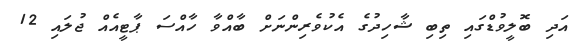
އަދި ބޮލީވުޑްގައި ތިބި ޝާހިދުގެ އެކުވެރިންނަށް ބާއްވާ ހާއްސަ ޕާޓީއެއް ޖުލައި 12